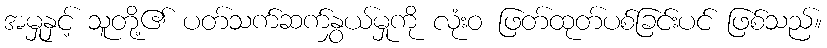
အမှုနှင့် သူတို့၏ ပတ်သက်ဆက်နွှယ်မှုကို လုံးဝ ဖြတ်ထုတ်ပစ်ခြင်းပင် ဖြစ်သည်။